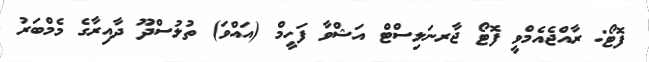
ފޮޓޯ: ރާއްޖެއެމްވީ ފޮޓޯ ޖާރނަލިސްޓް އަޝްވާ ފަހީމް (އައްވަ) ތުލުސްދޫ ދާއިރާގެ މެމްބަރު